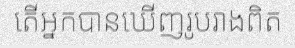
តើអ្នកបានឃើញរូបរាងពិត